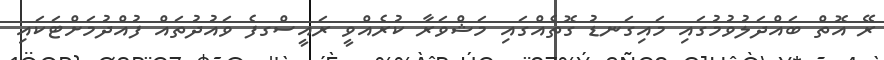
ރޭ އޮތް ބައްދަލުވުމުގައި މައިގަނޑު ގޮތެއްގައި މަޝްވަރާ ކުރެއްވީ ރައީސްގފެ ވައުދުތައް ފުއްދުމަށްޓަކައި